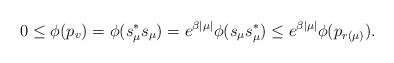
LaTeX: \begin{align*}0\leq \phi(p_v)=\phi(s_\mu^* s_\mu)=e^{\beta|\mu|}\phi(s_\mu s_\mu^*)\leq e^{\beta|\mu|}\phi(p_{r(\mu)}).\end{align*}